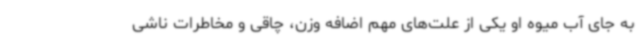
به جای آب میوه او یکی از علت‌های مهم اضافه وزن، چاقی و مخاطرات ناشی